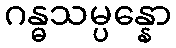
ဂန္ဓသမ္ပန္နော